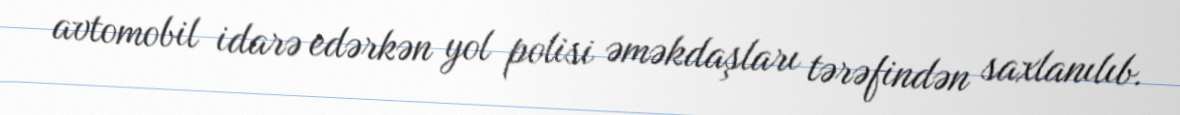
avtomobil idarə edərkən yol polisi əməkdaşları tərəfindən saxlanılıb.